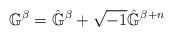
LaTeX: \begin{align*}\mathbb{G}^{\beta} = \hat{\mathbb{G}}^{\beta} + \sqrt{-1}\hat{\mathbb{G}}^{\beta+n}\end{align*}